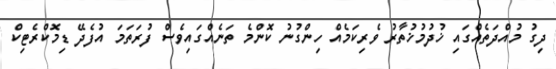
ދިގު މުއްދަތެއްގައި ޚުދުމުޚުތާރު ވެރިކަމެއް ހިންގުނު ކޮންމެ ތަނެއްގައިވެސް ފުރަތަމަ އުފެދޭ ޑިމޮކްރެޓިކް